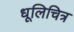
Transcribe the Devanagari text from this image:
धूलिचित्र